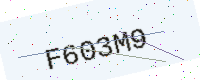
Text: F603M9